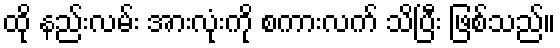
ထို နည်းလမ်း အားလုံးကို စကားလက် သိပြီး ဖြစ်သည်။